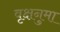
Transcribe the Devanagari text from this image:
वृक्षनुमा